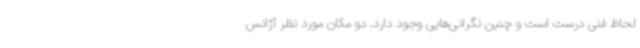
لحاظ فنی درست است و چنین نگرانی‌هایی وجود دارد. دو مکان مورد نظر آژانس